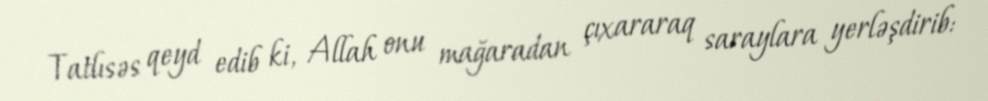
Tatlısəs qeyd edib ki, Allah onu mağaradan çıxararaq saraylara yerləşdirib: